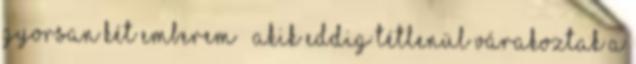
Gyorsan Két emberem – akik eddig tétlenül várakoztak a